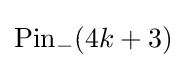
\mathrm {Pin} _{-}(4k+3)